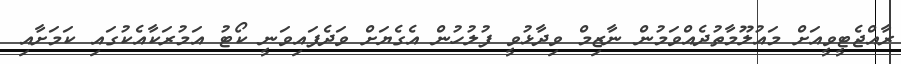
ރާއްޖެޓީވީއަށް މައުލޫމާތުދެއްވަމުން ނާޒިމް ވިދާޅުވީ ފުލުހުން އެގެޔަށް ވަދެފައިވަނީ ކޯޓު އަމުރަކާއެކުގައި ކަމަށާއި